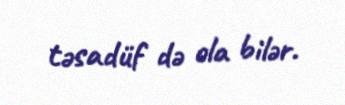
təsadüf də ola bilər.